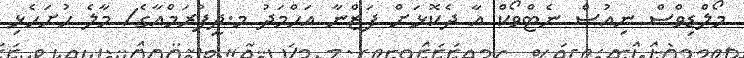
މޯލްޑިވްސް ނިއުސް ނެޓްވޯކް އާ ދެކޮޅަށް ފަޒްނާ އަޙްމަދު މ.ދީފުރަމްއާގެ/ މާލެ ހުށަހެޅި